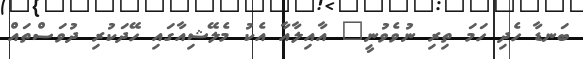
ބަނޑާ ހެދި ހަމަ ތިރި ނުވެވުނީ" އާއިލާއާ އެކު މެލޭޝިއާގައި ހޭދަކުރި ދުވަސްތައް